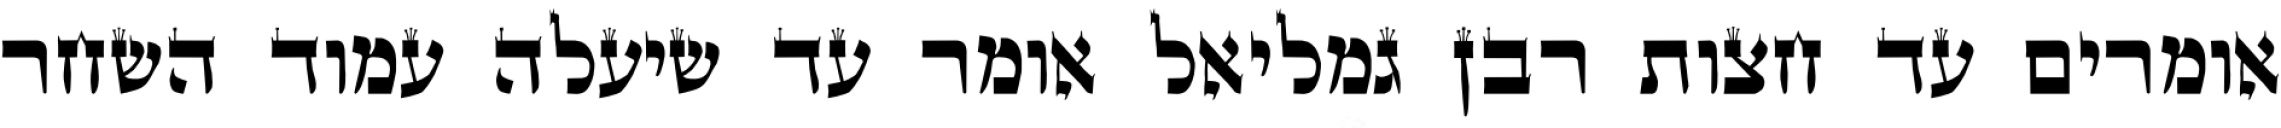
אומרים עד חצות רבן גמליאל אומר עד שיעלה עמוד השחר